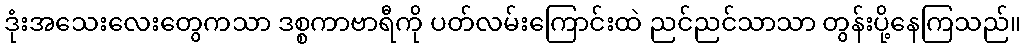
ဒုံးအသေးလေးတွေကသာ ဒစ္စကာဗာရီကို ပတ်လမ်းကြောင်းထဲ ညင်ညင်သာသာ တွန်းပို့နေကြသည်။